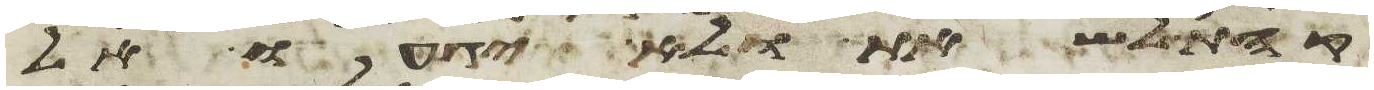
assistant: קהת לשאת ולא יגעו אל